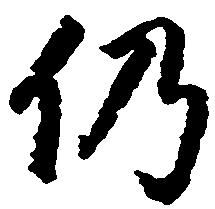
仍